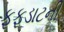
ફફડાટની